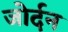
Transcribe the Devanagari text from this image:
जोर्दन